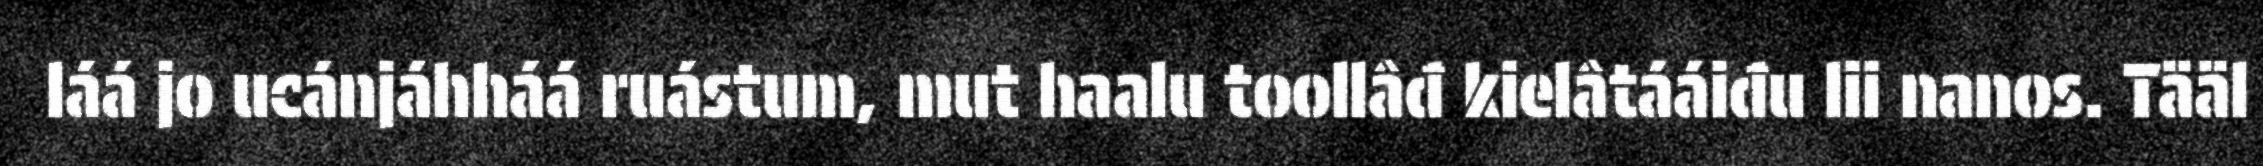
láá jo ucánjáhháá ruástum, mut haalu toollâđ kielâtááiđu lii nanos. Tääl